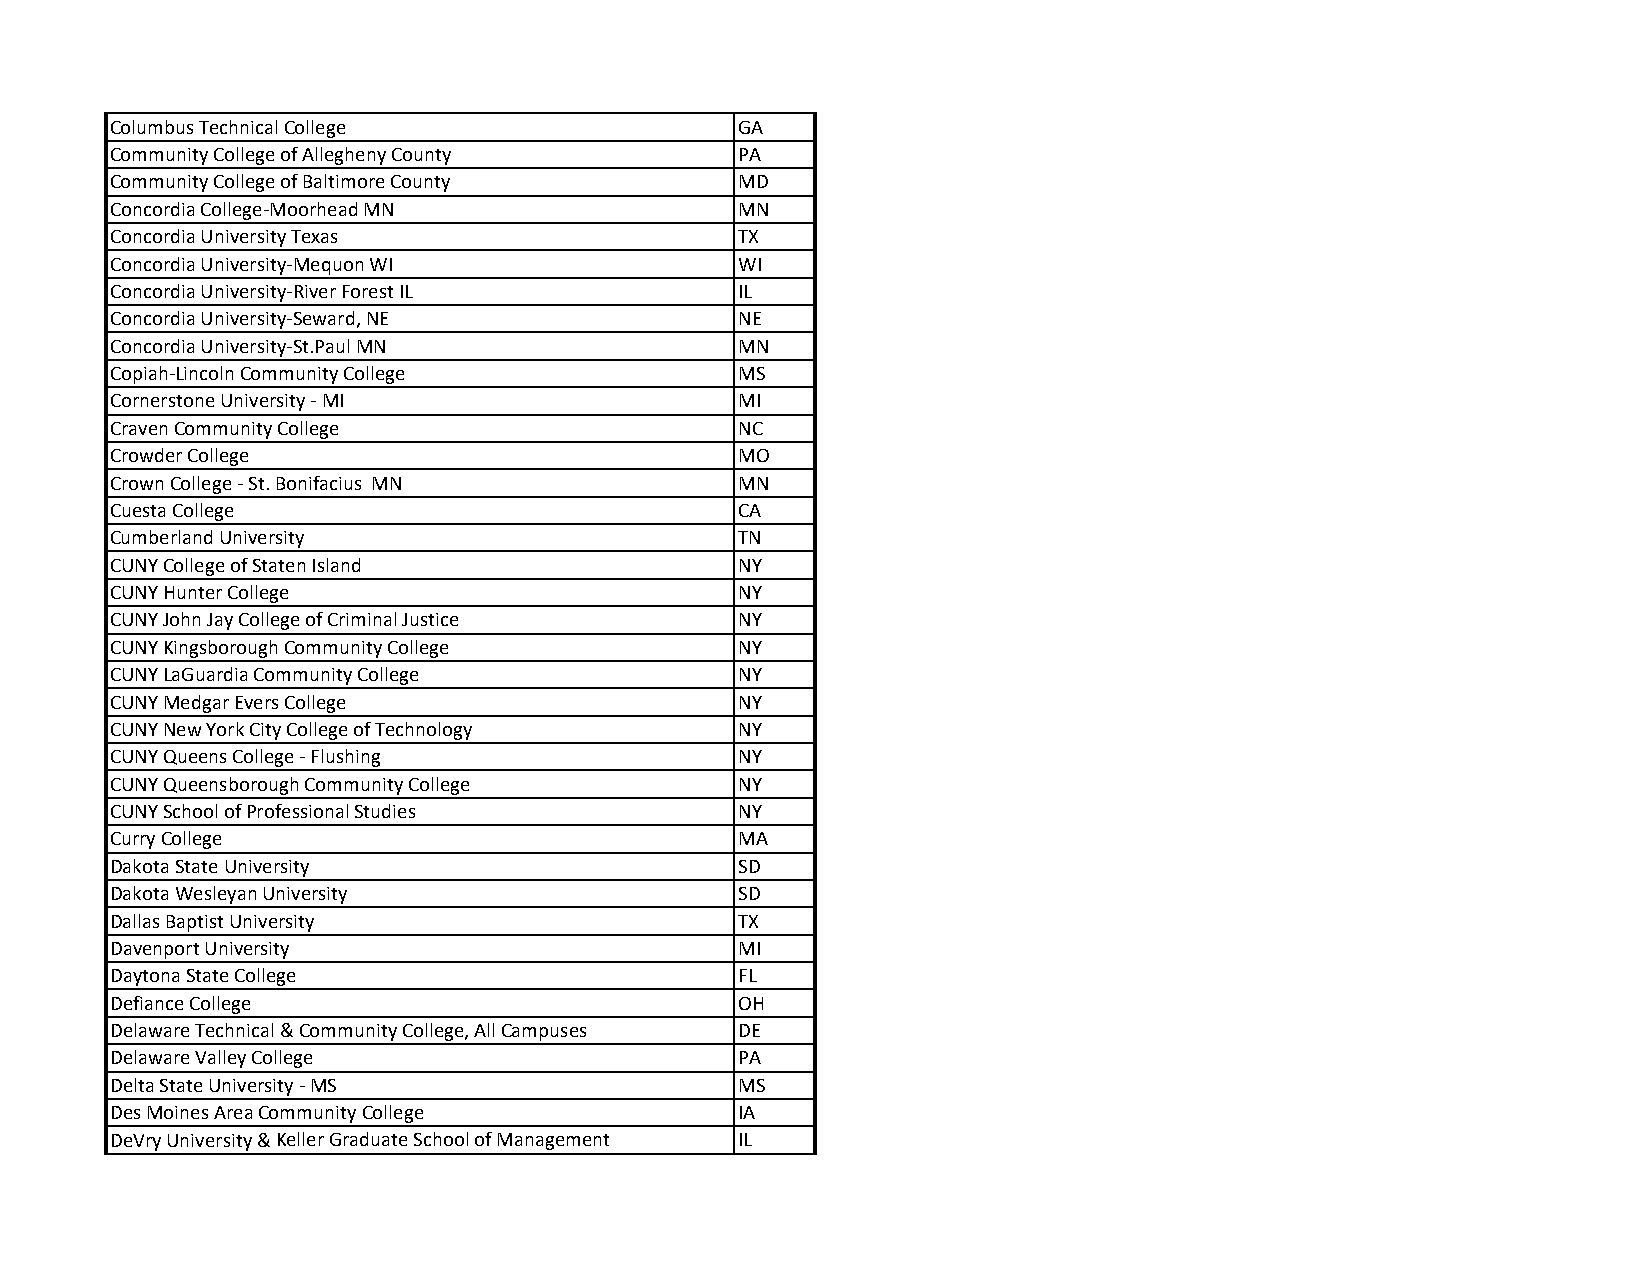
Columbus Technical College                GA
 Community College of Allegheny County     PA
 Community College of Baltimore County     MD
 Concordia College‐Moorhead MN             MN
 Concordia University Texas                TX
 Concordia University‐Mequon WI            WI
 Concordia University‐River Forest IL      IL
 Concordia University‐Seward, NE           NE
 Concordia University‐St.Paul MN           MN
 Copiah‐Lincoln Community College          MS
 Cornerstone University ‐ MI               MI
 Craven Community College                  NC
 Crowder College                           MO
 Crown College ‐ St. Bonifacius MN         MN
 Cuesta College                            CA
 Cumberland University                     TN
 CUNY College of Staten Island             NY
 CUNY Hunter College                       NY
 CUNY John Jay College of Criminal Justice NY
 CUNY Kingsborough Community College       NY
 CUNY LaGuardia Community College          NY
 CUNY Medgar Evers College                 NY
 CUNY New York City College of Technology  NY
 CUNY Queens College ‐ Flushing            NY
 CUNY Queensborough Community College      NY
 CUNY School of Professional Studies       NY
 Curry College                             MA
 Dakota State University                   SD
 Dakota Wesleyan University                SD
 Dallas Baptist University                 TX
 Davenport University                      MI
 Daytona State College                     FL
 Defiance College                          OH
 Delaware Technical & Community College, All Campuses DE
 Delaware Valley College                   PA
 Delta State University ‐ MS               MS
 Des Moines Area Community College         IA
 DeVry University & Keller Graduate School of Management IL